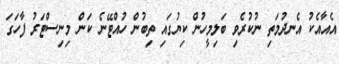
އެއާއެކު އެނދުމަތި ނުކުރެވި ބަލިމީހުން ކިޔުގައި ތިބުން ހުއްޓޭނެ ކަން މިނިސްޓަރު ފާހަގަ